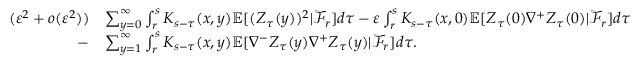
\begin{array} { r l } { ( \varepsilon ^ { 2 } + o ( \varepsilon ^ { 2 } ) ) } & { \sum _ { y = 0 } ^ { \infty } \int _ { r } ^ { s } K _ { s - \tau } ( x , y ) \mathbb { E } [ ( Z _ { \tau } ( y ) ) ^ { 2 } | \mathcal F _ { r } ] d \tau - \varepsilon \int _ { r } ^ { s } K _ { s - \tau } ( x , 0 ) \mathbb { E } [ Z _ { \tau } ( 0 ) \nabla ^ { + } Z _ { \tau } ( 0 ) | \mathcal F _ { r } ] d \tau } \\ { - } & { \sum _ { y = 1 } ^ { \infty } \int _ { r } ^ { s } K _ { s - \tau } ( x , y ) \mathbb { E } [ \nabla ^ { - } Z _ { \tau } ( y ) \nabla ^ { + } Z _ { \tau } ( y ) | \mathcal F _ { r } ] d \tau . } \end{array}